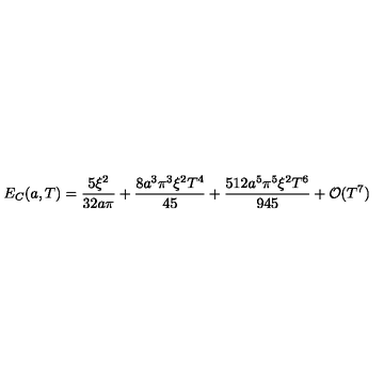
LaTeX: E _ { C } ( a , T ) = \frac { 5 \xi ^ { 2 } } { 3 2 a \pi } + \frac { 8 a ^ { 3 } \pi ^ { 3 } \xi ^ { 2 } { T ^ { 4 } } } { 4 5 } + \frac { 5 1 2 a ^ { 5 } \pi ^ { 5 } \xi ^ { 2 } { T ^ { 6 } } } { 9 4 5 } + { \cal O } ( T ^ { 7 } )